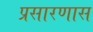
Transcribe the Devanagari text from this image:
प्रसारणास